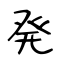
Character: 発